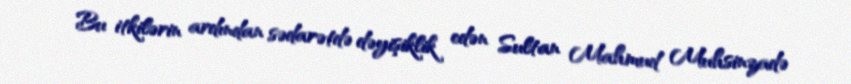
Bu itkilərin ardından sədarətdə dəyişiklik edən Sultan Mahmud Muhsinzadə